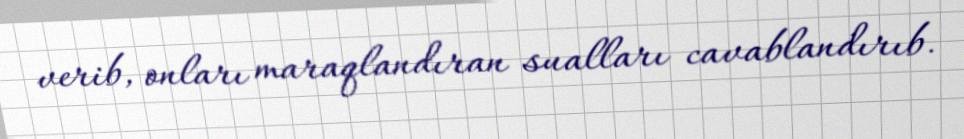
verib, onları maraqlandıran sualları cavablandırıb.